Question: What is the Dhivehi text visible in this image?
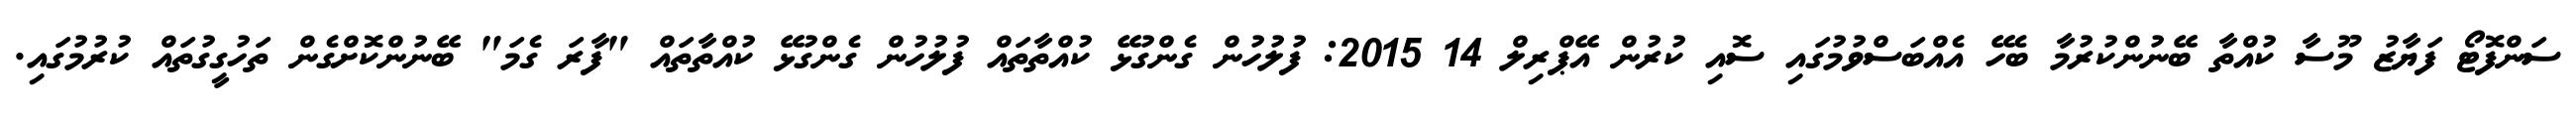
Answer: ސަންފޮޓޯ ފަޔާޒު މޫސާ ކުއްތާ ބޭނުންކުރުމާ ބެހޭ އެއްބަސްވުމުގައި ސޮއި ކުރުން އޭޕްރިލް 14 2015: ފުލުހުން ގެންގުޅޭ ކުއްތާތައް ފުލުހުން ގެންގުޅޭ ކުއްތާތައް "ފާރަ ގެމަ" ބޭނުންކޮށްގެން ތަހުގީގުތައް ކުރުމުގައި.